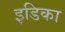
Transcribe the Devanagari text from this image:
इडिका